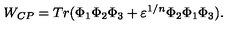
W _ { C P } = T r ( \Phi _ { 1 } \Phi _ { 2 } \Phi _ { 3 } + \varepsilon ^ { 1 / n } \Phi _ { 2 } \Phi _ { 1 } \Phi _ { 3 } ) .